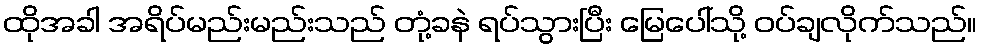
ထိုအခါ အရိပ်မည်းမည်းသည် တုံ့ခနဲ ရပ်သွားပြီး မြေပေါ်သို့ ဝပ်ချလိုက်သည်။